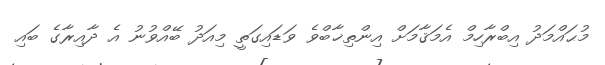
މުޙައްމަދު އިބްރާހިމް އެމަޤާމަށް އިންތިޚާބްވެ ވަޑައިގަތީ މިއަދު ބޭއްވުނު އެ ދާއިރާގެ ބައި